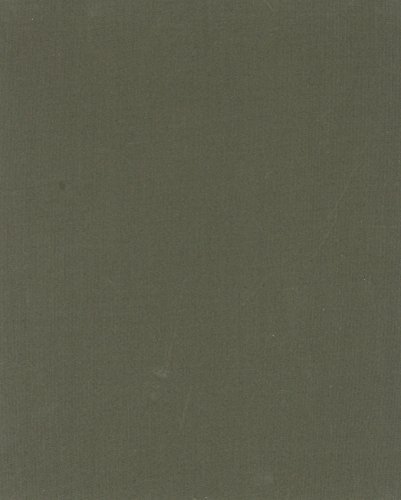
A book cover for Arboretum Borealis: A Lifeline of the Planet; Diana Beresford-Kroeger; Science & Math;